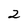
Character: 2